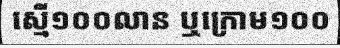
ស្មើ១០០លាន ឬក្រោម១០០